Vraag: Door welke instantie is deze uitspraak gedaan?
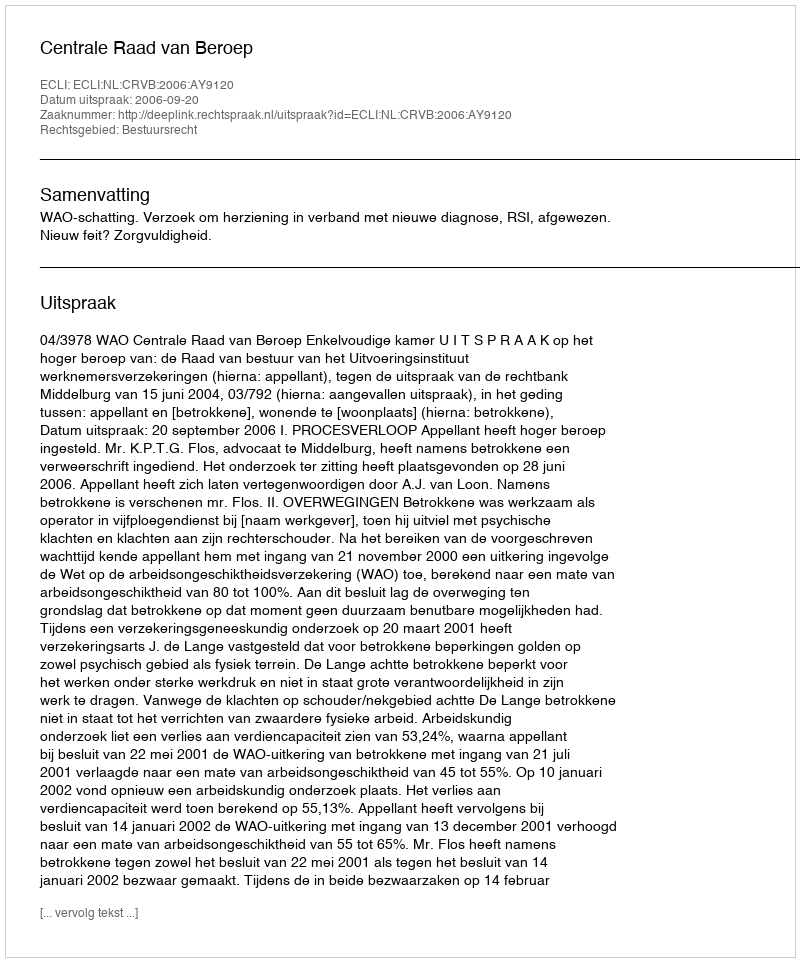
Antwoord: Centrale Raad van Beroep